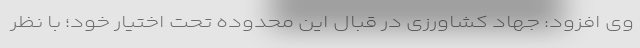
وی افزود: جهاد کشاورزی در قبال این محدوده تحت اختیار خود؛ با نظر